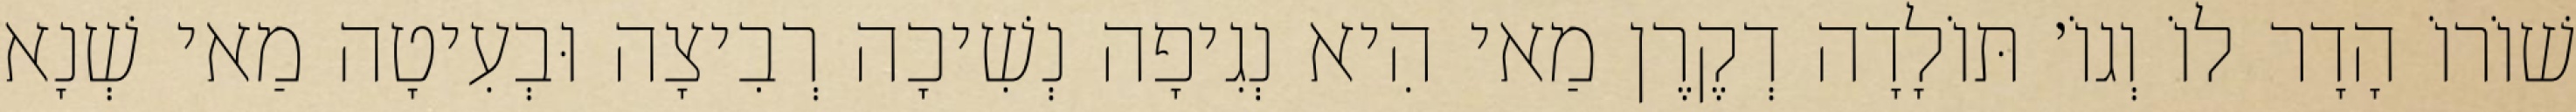
שׁוֹרוֹ הָדָר לוֹ וְגוֹ׳ תּוֹלָדָה דְקֶרֶן מַאי הִיא נְגִיפָה נְשִׁיכָה רְבִיצָה וּבְעִיטָה מַאי שְׁנָא